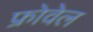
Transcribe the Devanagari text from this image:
फ्रोवेल